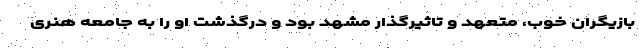
بازیگران خوب، متعهد و تاثیرگذار مشهد بود و درگذشت او را به جامعه هنری